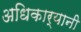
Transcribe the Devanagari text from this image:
अधिकार्यानी